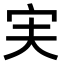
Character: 𫲷